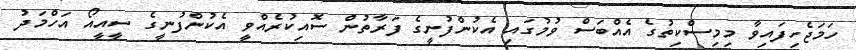
ހަމަޖެހިފައިވާ މިމިސްކިތުގެ އެއްބަސް ވުމުގައި އެކުންފުނީގެ ފަރާތުން ސޮއިކުރެއްވީ އެކުންފުނީގެ ސީއީއޯ އަހްމަދު